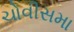
ચોવીસમા